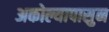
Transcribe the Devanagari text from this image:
अकोल्यापासुन